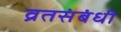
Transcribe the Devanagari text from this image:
व्रतसंबंधी